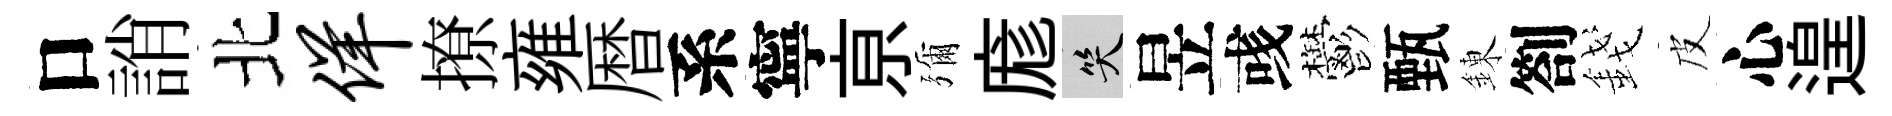
口誚北佯撩雍暦系寧亰彌庬笑昱彧鬱甄錬劄錢皮心遑